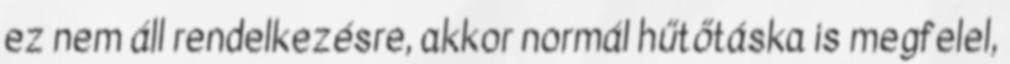
ez nem áll rendelkezésre, akkor normál hűtőtáska is megfelel,